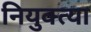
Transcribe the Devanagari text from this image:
नियुक्त्या